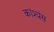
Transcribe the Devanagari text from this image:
कांश्यंस